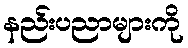
နည်းပညာများကို